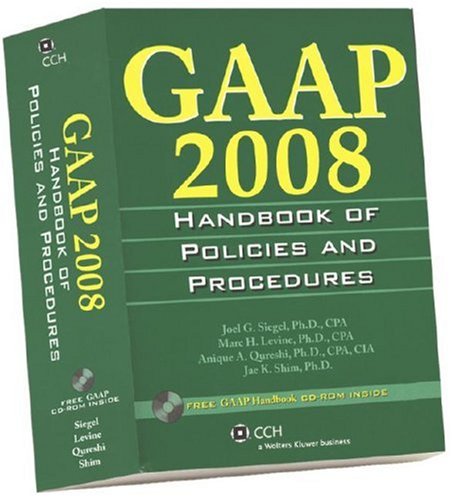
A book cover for GAAP 2008: Handbook of Policies and Procedures; Joel G. Siegel; Business & Money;